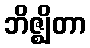
ဘိဇ္ဈိတာ